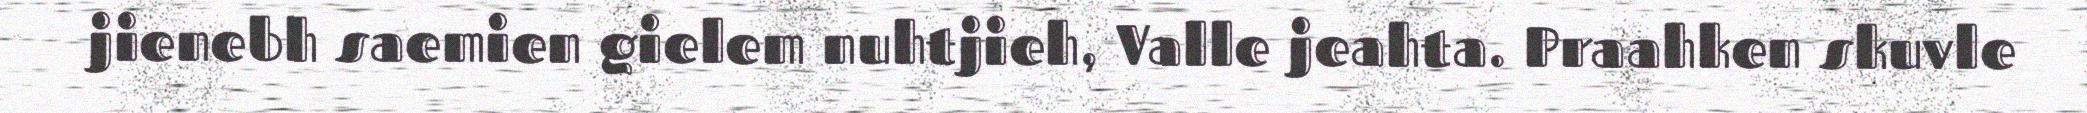
jienebh saemien gielem nuhtjieh, Valle jeahta. Praahken skuvle